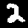
Digit: 2